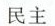
民主